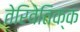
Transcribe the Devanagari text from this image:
तेरिवेतिक्क